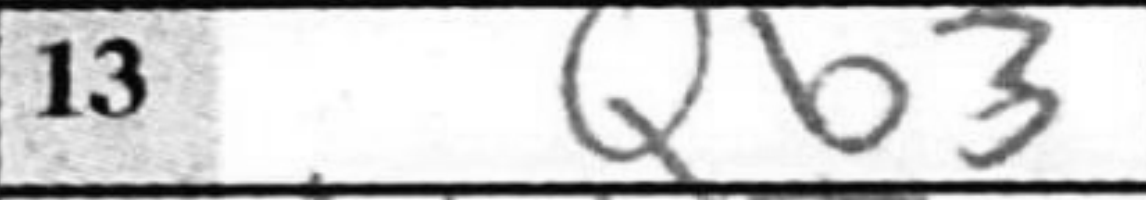
Transcription: Qb3